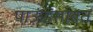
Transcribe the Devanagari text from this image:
पाऊंडसोबत